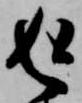
返